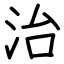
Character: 治